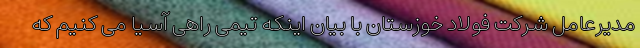
مدیرعامل شرکت فولاد خوزستان با بیان اینکه تیمی راهی آسیا می کنیم که